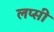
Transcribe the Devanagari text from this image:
लप्सी